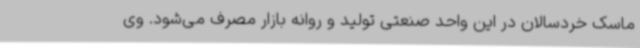
ماسک خردسالان در این واحد صنعتی تولید و روانه بازار مصرف می‌شود. وی